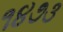
૧૪૭૩